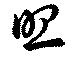
照